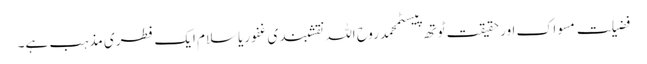
فضیلت مسواک اور حقیقت ٹوتھ پیسٹمحمد روح اللہ نقشبندی غفوریاسلام ایک فطری مذہب ہے۔